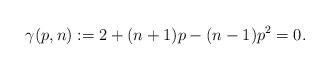
LaTeX: \begin{align*}\gamma(p,n):=2+(n+1)p-(n-1)p^2=0.\end{align*}